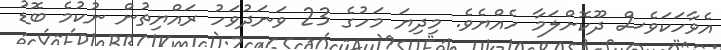
އެވާހަކަވެސް ދޫކޮށްލަމާ ހެއްޔެވެ. މިދިޔަ މަހުގެ 23 ވަނަދުވަހު ރައްޔިތުން ނުކުމެ ބޮޑު